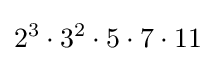
2^{3}\cdot 3^{2}\cdot 5\cdot 7\cdot 11